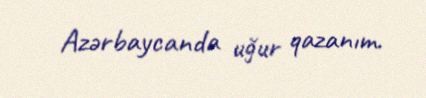
Azərbaycanda uğur qazanım.